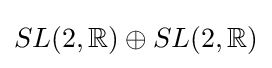
SL(2,\mathbb {R} )\oplus SL(2,\mathbb {R} )